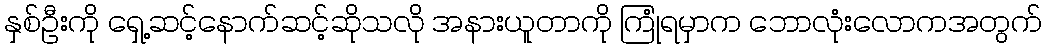
နှစ်ဦးကို ရှေ့ဆင့်နောက်ဆင့်ဆိုသလို အနားယူတာကို ကြုံရမှာက ဘောလုံးလောကအတွက်